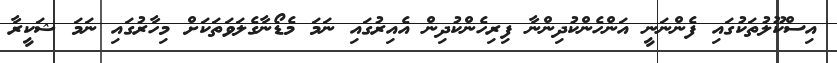
އިސްކޫލުތަކުގައި ފެންނަނީ އަންހެންކުދިންނާ ފިރިހެންކުދިން އެއިރުގައި ނަމަ މެޑޯނާގެލަވަތަކަށް މިހާރުގައި ނަމަ ޝަކީރާ